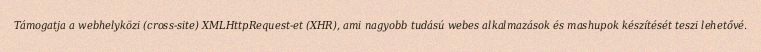
Támogatja a webhelyközi (cross-site) XMLHttpRequest-et (XHR), ami nagyobb tudású webes alkalmazások és mashupok készítését teszi lehetővé.